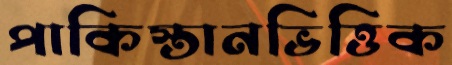
পাকিস্তানভিত্তিক